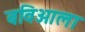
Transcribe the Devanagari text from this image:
बविआला